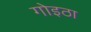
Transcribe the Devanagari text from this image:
गोइठा